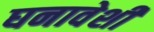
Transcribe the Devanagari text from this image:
घनावेशी